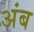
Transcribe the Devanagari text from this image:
अंब